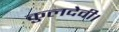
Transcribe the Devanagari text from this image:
कुलदेवी।